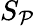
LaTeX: S_{\mathcal{P}}